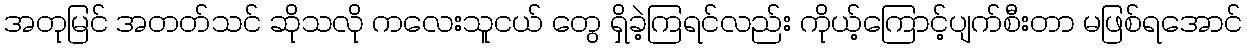
အတုမြင် အတတ်သင် ဆိုသလို ကလေးသူငယ် တွေ ရှိခဲ့ကြရင်လည်း ကိုယ့်ကြောင့်ပျက်စီးတာ မဖြစ်ရအောင်